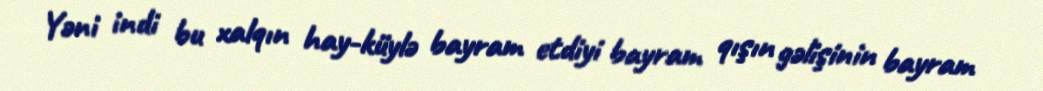
Yəni indi bu xalqın hay-küylə bayram etdiyi bayram qışın gəlişinin bayram